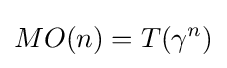
MO(n)=T(\gamma ^{n})